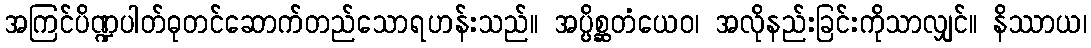
အကြင်ပိဏ္ဍပါတ်ဓုတင်ဆောက်တည်သောရဟန်းသည်။ အပ္ပိစ္ဆတံယေဝ၊ အလိုနည်းခြင်းကိုသာလျှင်။ နိဿာယ၊